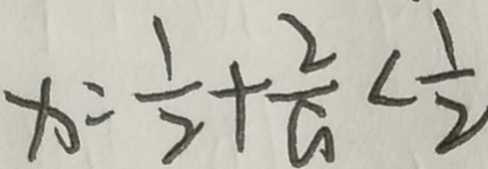
x = \frac { 1 } { 2 } + \frac { 2 } { a } < \frac { 1 } { 2 }